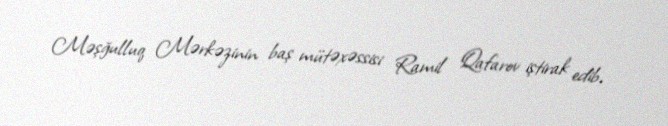
Məşğulluq Mərkəzinin baş mütəxəssisi Ramil Qafarov iştirak edib.